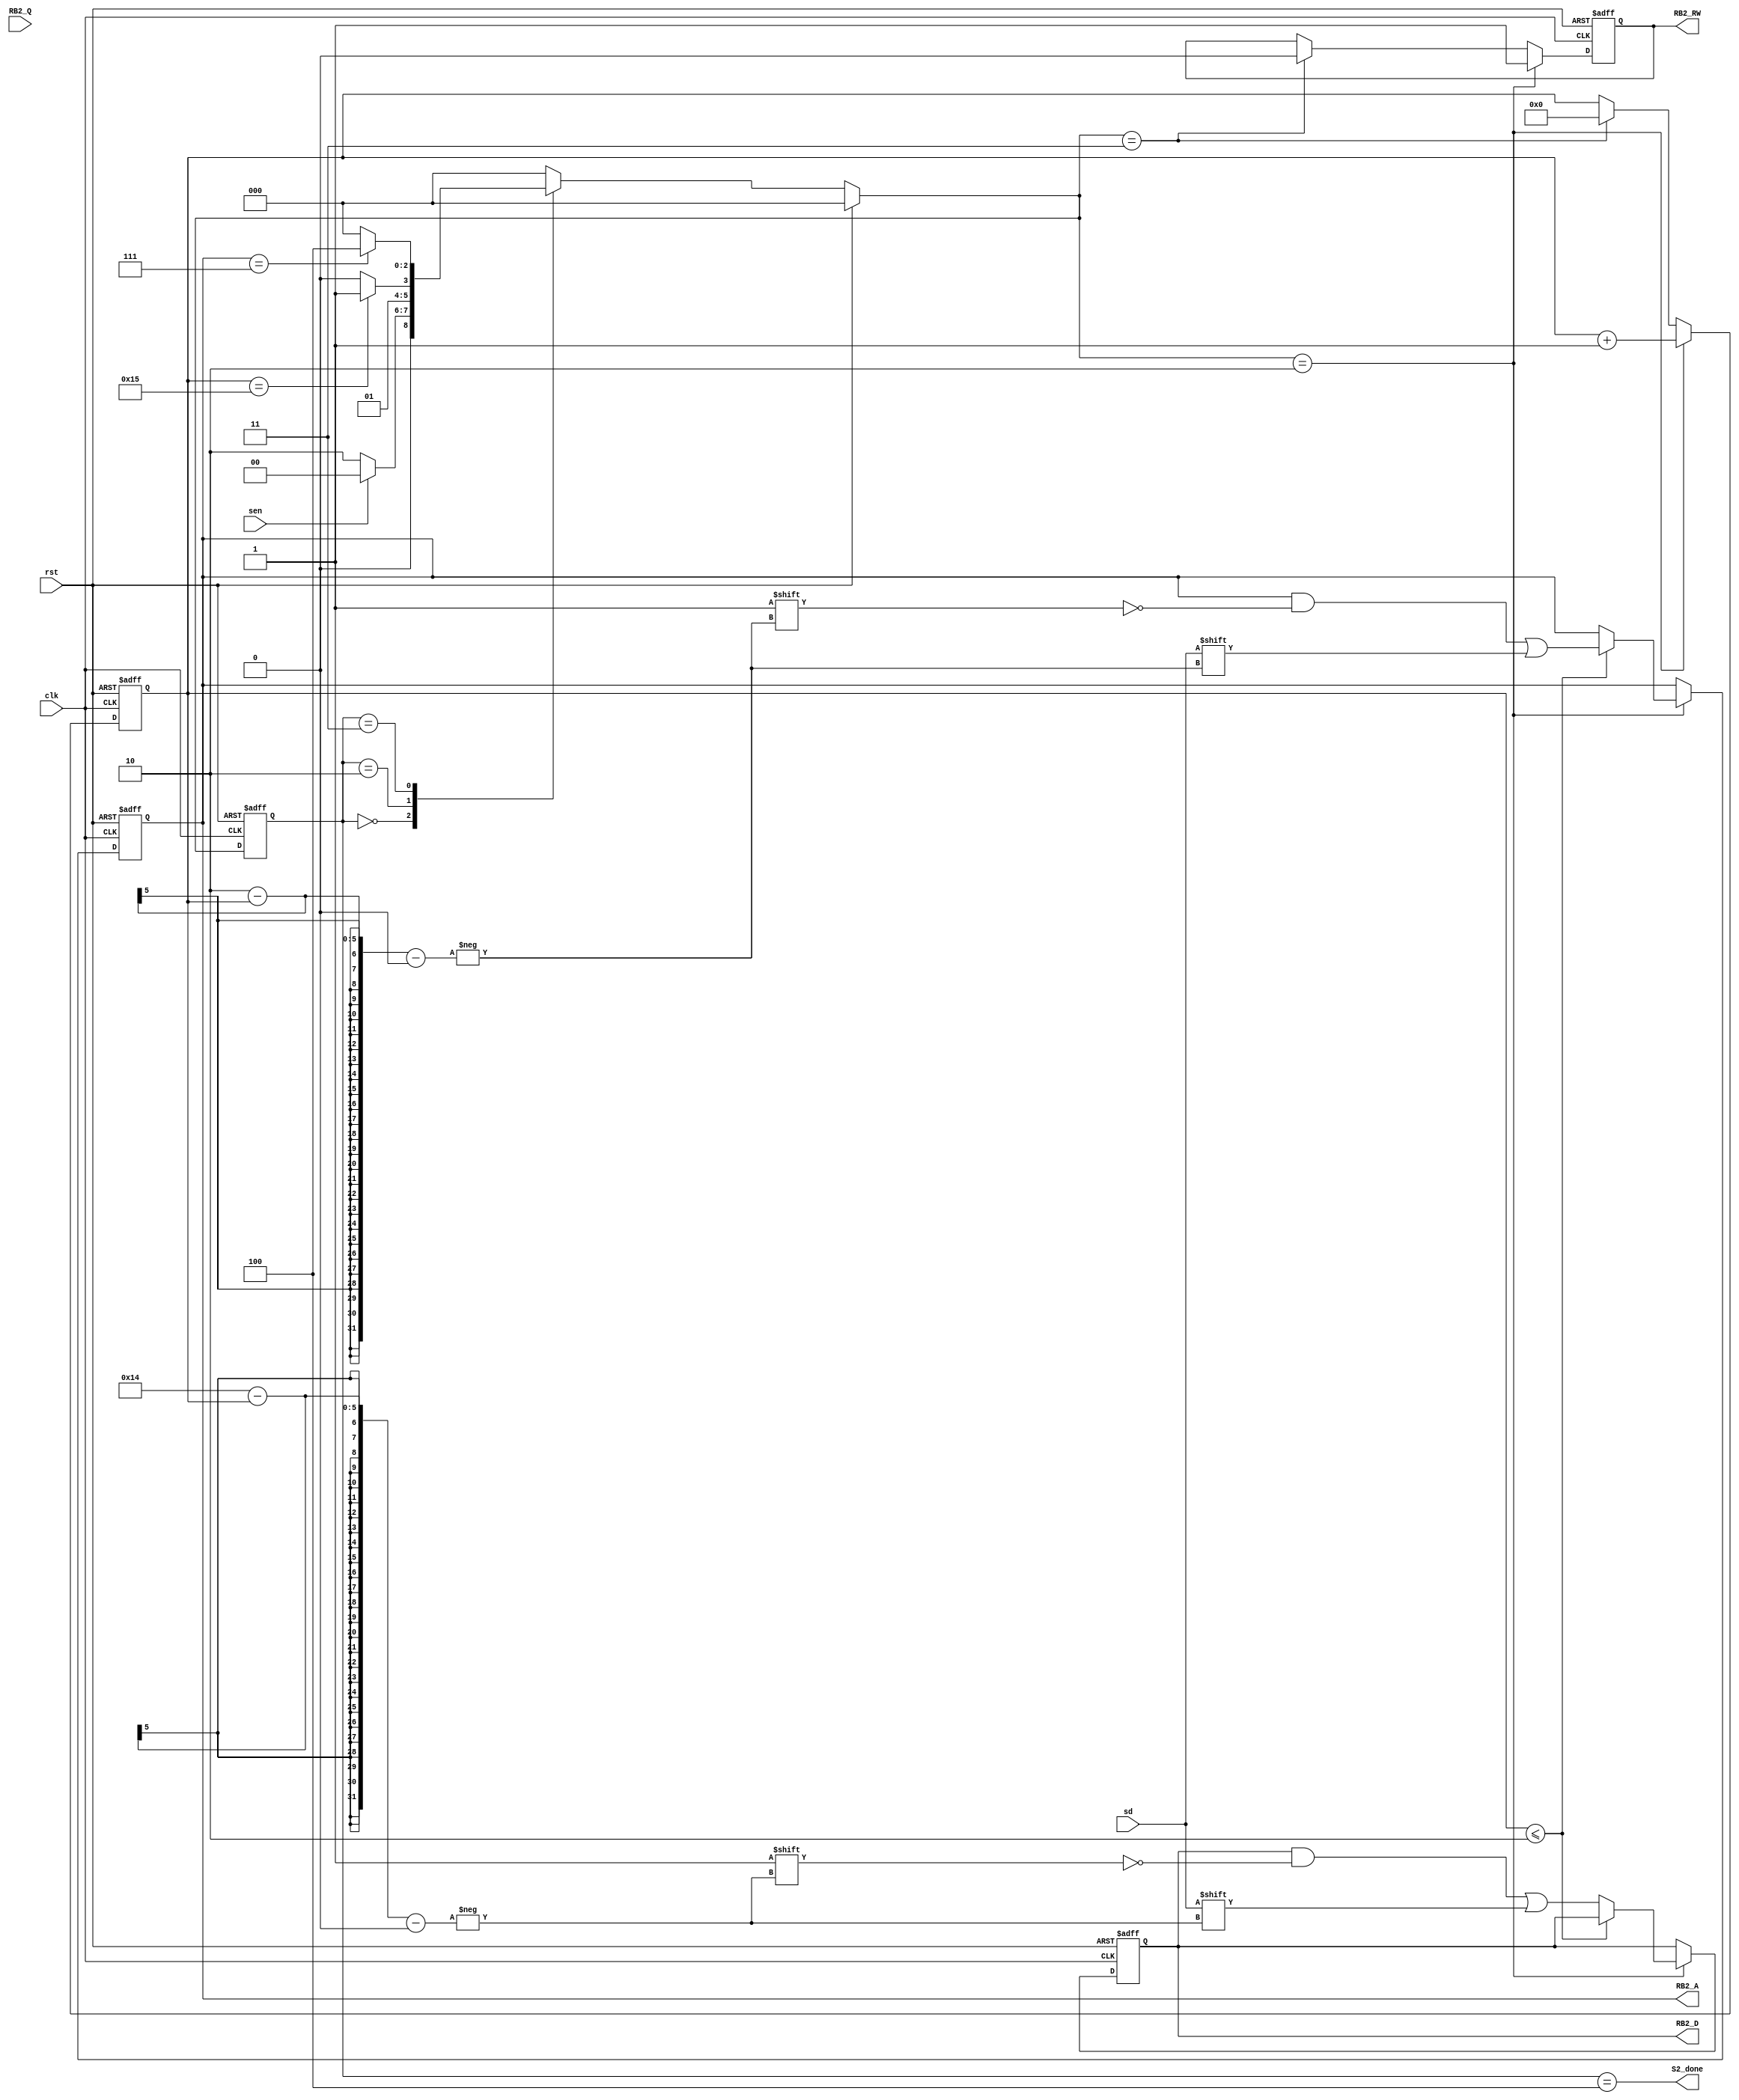
module S2(clk,
	  rst,
	  S2_done,
	  RB2_RW,
	  RB2_A,
	  RB2_D,
	  RB2_Q,
	  sen,
	  sd);

input clk, rst;
output S2_done;
output reg RB2_RW;
output reg [2:0] RB2_A;
output reg [17:0] RB2_D;
input [17:0] RB2_Q;
input sen, sd;

reg [2:0]state, next_state;
parameter IDLE = 3'd0,
	  DELAY = 3'd1,
	  READ = 3'd2,
	  OUT = 3'd3,
	  FINISH = 3'd4;

reg [4:0] counter_RB2;

assign S2_done = (state == FINISH);

always@(posedge clk or posedge rst)begin
    if(rst)
        state <= IDLE;
    else 
        state <= next_state;
end

always@(*)begin
    if(rst)
        next_state = IDLE;
    else begin
        case(state)
            IDLE:
                if(sen == 0) next_state = READ;
				else next_state = IDLE;
            READ:begin
                if(counter_RB2 == 21) next_state = OUT;
                else next_state = READ;  
            end
            OUT:begin
				if(RB2_A == 7) next_state = FINISH;
                else next_state = IDLE; 
			end
            default:    next_state = IDLE;
        endcase
    end 
end


//DATA INPUT
always@(posedge clk or posedge rst)begin
    if(rst)begin
		RB2_RW <= 1;
		RB2_A <= 0;
		RB2_D <= 0;
		counter_RB2 <= 0;
	end
    else begin
 		if(next_state == READ)begin
			RB2_RW <= 1;
			if(counter_RB2 <= 2)
				RB2_A[2-counter_RB2] <= sd; 
			else 
				RB2_D[20-counter_RB2] <= sd;
			counter_RB2 <= counter_RB2 + 1;
		end
		else if(next_state == OUT)begin
			RB2_RW <= 0;
			counter_RB2 <= 0;
		end

    end
end

endmodule